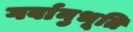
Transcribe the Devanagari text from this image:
गर्वानुभूति